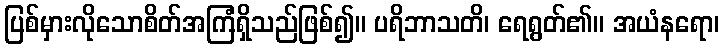
ပြစ်မှားလိုသောစိတ်အကြံရှိသည်ဖြစ်၍။ ပရိဘာသတိ၊ ရေရွတ်၏။ အယံနရော၊